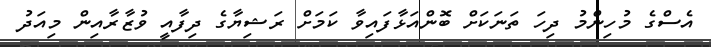
އެސްގެ މުހިންމު ދިހަ ތަނަކަށް ބޮންއަޅާފައިވާ ކަމަށް ރަޝިޔާގެ ދިފާއީ ވުޒާރާއިން މިއަދު